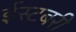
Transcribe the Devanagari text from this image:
ईस्टबरी